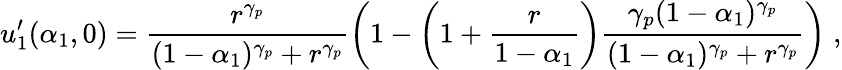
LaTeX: u_{1}^{\prime}(\alpha_{1},0)=\frac{r^{\gamma_{p}}}{(1-\alpha_{1})^{\gamma_{p}}+r^{\gamma_{p}}}\left(1-\left(1+\frac{r}{1-\alpha_{1}}\right)\frac{\gamma_{p}(1-\alpha_{1})^{\gamma_{p}}}{(1-\alpha_{1})^{\gamma_{p}}+r^{\gamma_{p}}}\right)\; ,